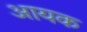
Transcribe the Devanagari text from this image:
आयक